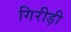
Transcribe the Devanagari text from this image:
गिरीड़ी